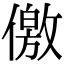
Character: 儌